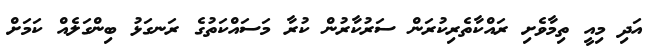
އަދި މިއީ ތިމާވެށި ރައްކާތެރިކުރަން ސަރުކާރުން ކުރާ މަސައްކަތުގެ ރަނގަޅު ބިންގަލެއް ކަމަށް